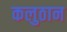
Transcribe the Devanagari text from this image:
कलुठान